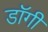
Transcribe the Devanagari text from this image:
डॉगी